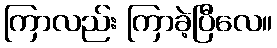
ကြာလည်း ကြာခဲ့ပြီလေ။